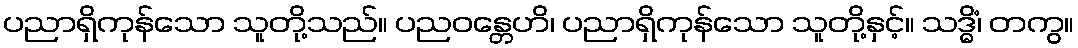
ပညာရှိကုန်သော သူတို့သည်။ ပညဝန္တေဟိ၊ ပညာရှိကုန်သော သူတို့နှင့်။ သဒ္ဓိံ၊ တကွ။